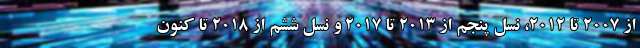
از 2007 تا 2012، نسل پنجم از 2013 تا 2017 و نسل ششم از 2018 تا کنون